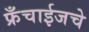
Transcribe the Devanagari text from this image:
फ्रँचाईजचे